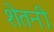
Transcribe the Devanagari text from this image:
शेतनी